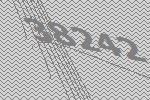
38242